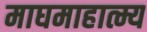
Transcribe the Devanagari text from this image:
माघमाहात्म्य